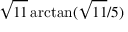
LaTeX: { \sqrt { 1 1 } } \arctan ( { { \sqrt { 1 1 } } / 5 } )